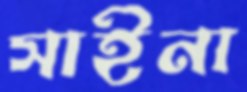
সাইনা